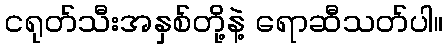
ငရုတ်သီးအနှစ်တို့နဲ့ ရောဆီသတ်ပါ။